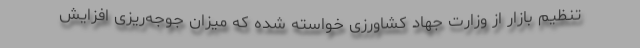
تنظیم بازار از وزارت جهاد کشاورزی خواسته شده که میزان جوجه‌ریزی افزایش